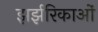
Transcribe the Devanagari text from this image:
झर्झरिकाओं